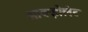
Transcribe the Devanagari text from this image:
ओक्झेलेट